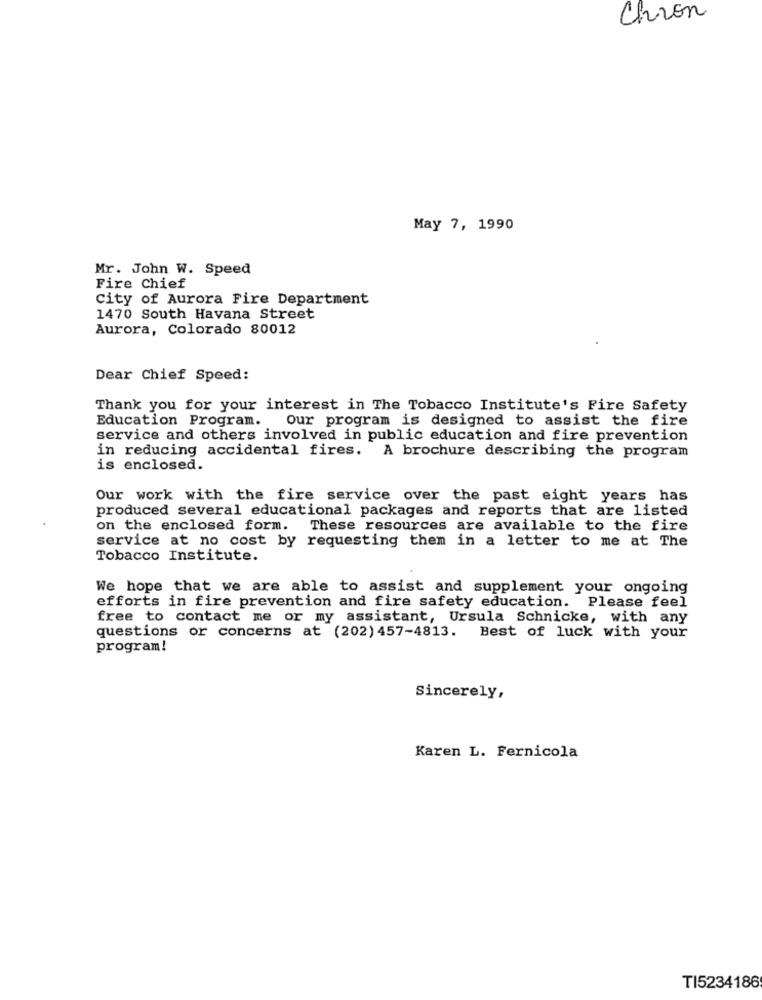
Chron
May 7, 1990
Mr. John W. Speed
Fire Chief
City of Aurora Fire Department
1470 South Havana Street
Aurora, Colorado 80012
Dear Chief Speed:
Thank you for your interest in The Tobacco Institute's Fire Safety
Education Program. Our program is designed to assist the fire
service and others involved in public education and fire prevention
in reducing accidental fires. A brochure describing the program
is enclosed.
Our work with the fire service over the past eight years has
produced several educational packages and reports that are listed
on the enclosed form. These resources are available to the fire
service at no cost by requesting them in a letter to me at The
Tobacco Institute.
We hope that we are able to assist and supplement your ongoing
efforts in fire prevention and fire safety education. Please feel
free to contact me or my assistant, Ursula Schnicke, with any
questions or concerns at (202) 457-4813.
Best of luck with your
program!
Sincerely,
Karen L. Fernicola
TI5234186